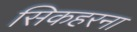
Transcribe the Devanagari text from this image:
सिकहरना